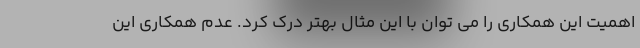
اهمیت این همکاری را می توان با این مثال بهتر درک کرد. عدم همکاری این